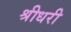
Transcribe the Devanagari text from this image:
श्रीधरी